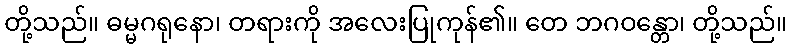
တို့သည်။ ဓမ္မဂရုနော၊ တရားကို အလေးပြုကုန်၏။ တေ ဘဂဝန္တော၊ တို့သည်။